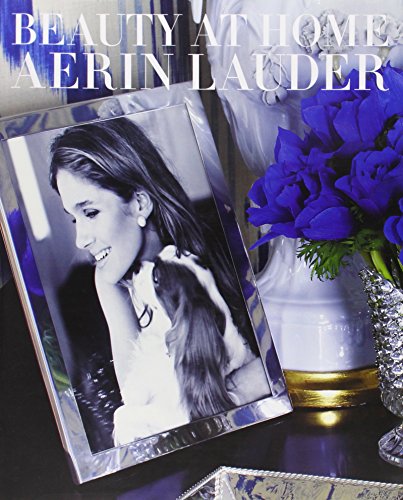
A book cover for Beauty at Home; Aerin Lauder; Arts & Photography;